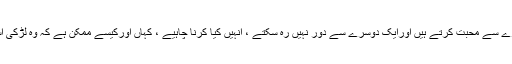
دونوں ایک دوسرے سے محبت کرتے ہیں اورایک دوسرے سے دور نہیں رہ سکتے ، انہيں کیا کرنا چاہیے ، کہاں اورکیسے ممکن ہے کہ وہ لڑکی اسلام قبول کرے ؟